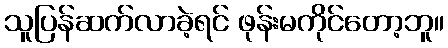
သူပြန်ဆက်လာခဲ့ရင် ဖုန်းမကိုင်တော့ဘူ။